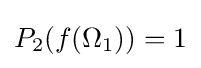
\textstyle P_{2}(f(\Omega _{1}))=1